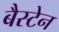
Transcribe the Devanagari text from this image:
बैस्टेन